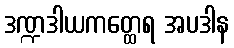
ဒဏ္ဍဒါယကတ္ထေရ အပဒါန